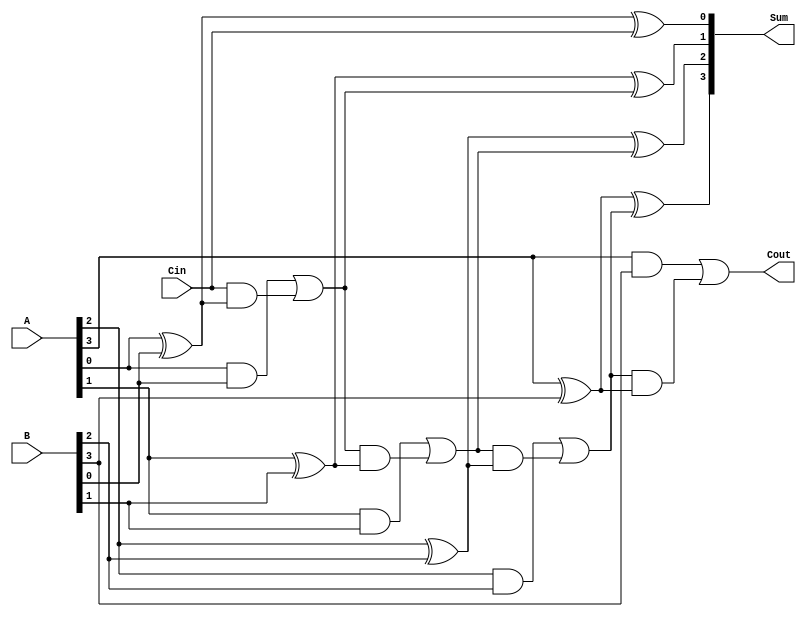
module ParallelFullAdder #(
    parameter N = 4  // Parameter to define the bit-width of the operands
)(
    input  [N-1:0] A,      // N-bit input A
    input  [N-1:0] B,      // N-bit input B
    input  Cin,            // Carry input
    output [N-1:0] Sum,    // N-bit sum output
    output Cout            // Carry output
);

    wire [N:0] Carry; // Carry wires for each bit, N+1 to accommodate final carry out

    // Assign the initial carry
    assign Carry[0] = Cin;

    // Generate the full adder logic for each bit
    genvar i;
    generate
        for (i = 0; i < N; i = i + 1) begin : full_adder
            assign Sum[i] = A[i] ^ B[i] ^ Carry[i]; // Sum calculation
            assign Carry[i + 1] = (A[i] & B[i]) | (Carry[i] & (A[i] ^ B[i])); // Carry calculation
        end
    endgenerate

    // Final carry output
    assign Cout = Carry[N];

endmodule